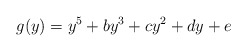
\begin{align*}g(y) = y^5 + b y^3 + c y^2 + d y + e\end{align*}